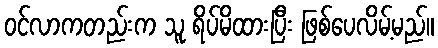
ဝင်လာကတည်းက သူ ရိပ်မိထားပြီး ဖြစ်ပေလိမ့်မည်။